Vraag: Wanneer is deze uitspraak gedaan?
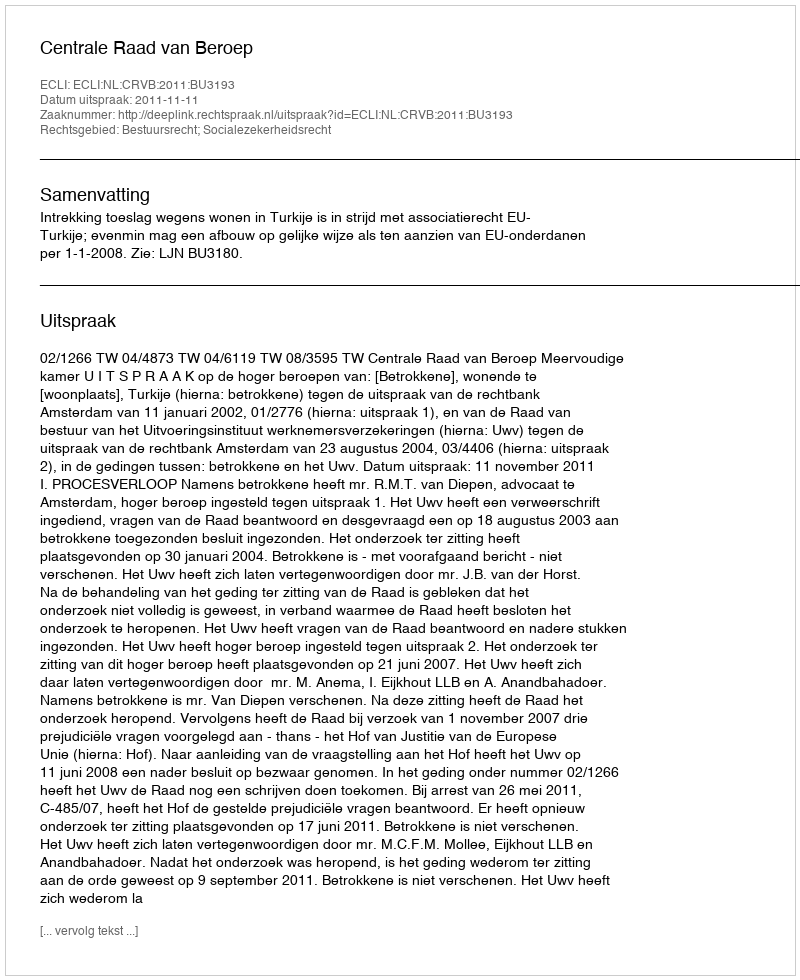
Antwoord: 2011-11-11